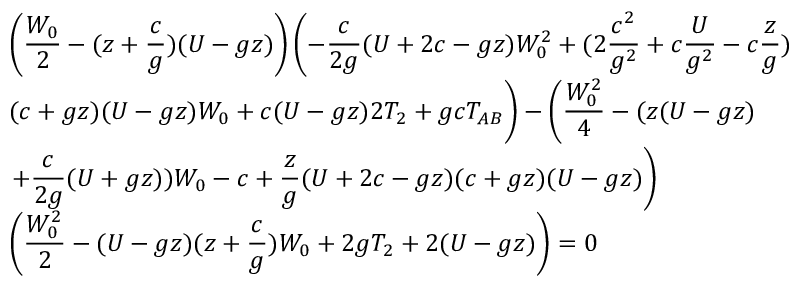
\begin{array} { l } { { { \displaystyle \left( { \frac { W _ { 0 } } { 2 } } - ( z + { \frac { c } { g } } ) ( U - g z ) \right) \left( - { \frac { c } { 2 g } } ( U + 2 c - g z ) W _ { 0 } ^ { 2 } + ( 2 { \frac { c ^ { 2 } } { g ^ { 2 } } } + c { \frac { U } { g ^ { 2 } } } - c { \frac { z } { g } } ) \right. } } } \\ { { { \displaystyle ( c + g z ) ( U - g z ) W _ { 0 } + c ( U - g z ) 2 T _ { 2 } + g c T _ { A B } \Bigg ) - \left( { \frac { W _ { 0 } ^ { 2 } } { 4 } } - ( z ( U - g z ) \right. } } } \\ { { { \displaystyle \left. + { \frac { c } { 2 g } } ( U + g z ) ) W _ { 0 } - c + { \frac { z } { g } } ( U + 2 c - g z ) ( c + g z ) ( U - g z ) \right) } } } \\ { { { \displaystyle \left( { \frac { W _ { 0 } ^ { 2 } } { 2 } } - ( U - g z ) ( z + { \frac { c } { g } } ) W _ { 0 } + 2 g T _ { 2 } + 2 ( U - g z ) \right) = 0 } } } \end{array}